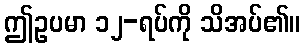
ဤဥပမာ ၁၂-ရပ်ကို သိအပ်၏။